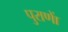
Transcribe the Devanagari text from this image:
पुराणाें